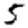
Digit: 5